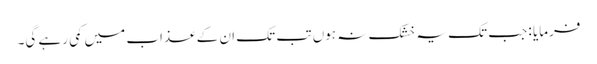
فرمایا : جب تک یہ خشک نہ ہوں تب تک ان کے عذاب میں کمی رہے گی۔